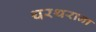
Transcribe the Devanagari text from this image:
थरथराना